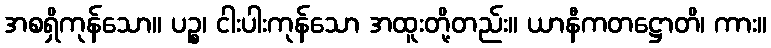
အစရှိကုန်သော။ ပဉ္စ၊ ငါးပါးကုန်သော အထူးတို့တည်း။ ယာနီကတဋ္ဌောတိ၊ ကား။